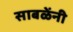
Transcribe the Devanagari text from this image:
साबळेंनी